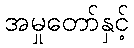
အမှုတော်နှင့်